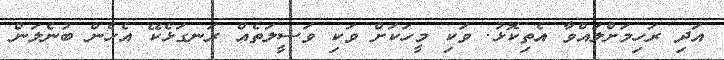
އަދި ރަހިމަށްލައްވާ އެތިކޮޅު. ވަކި މީހަކަށް ވަކި ވަސީލަތެއް ރަނގަޅެކޭ އެހެން ބުނެލަން